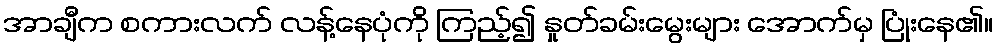
အာချီက စကားလက် လန့်နေပုံကို ကြည့်၍ နှုတ်ခမ်းမွေးများ အောက်မှ ပြုံးနေ၏။